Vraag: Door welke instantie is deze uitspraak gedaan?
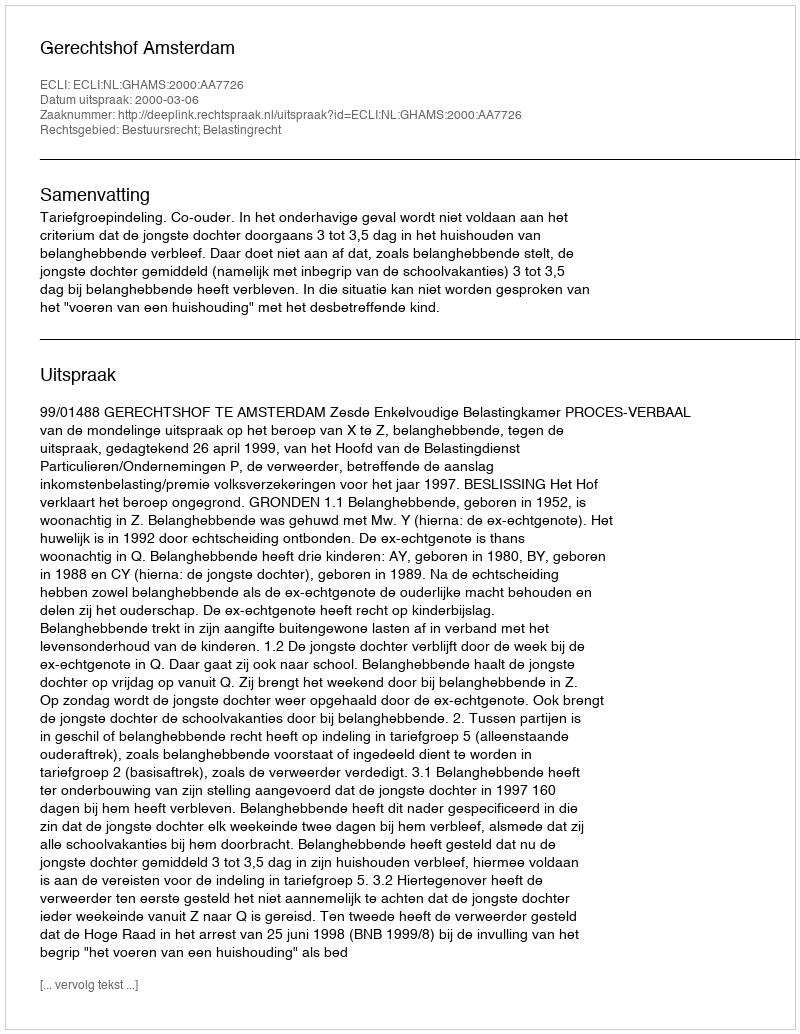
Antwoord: Gerechtshof Amsterdam